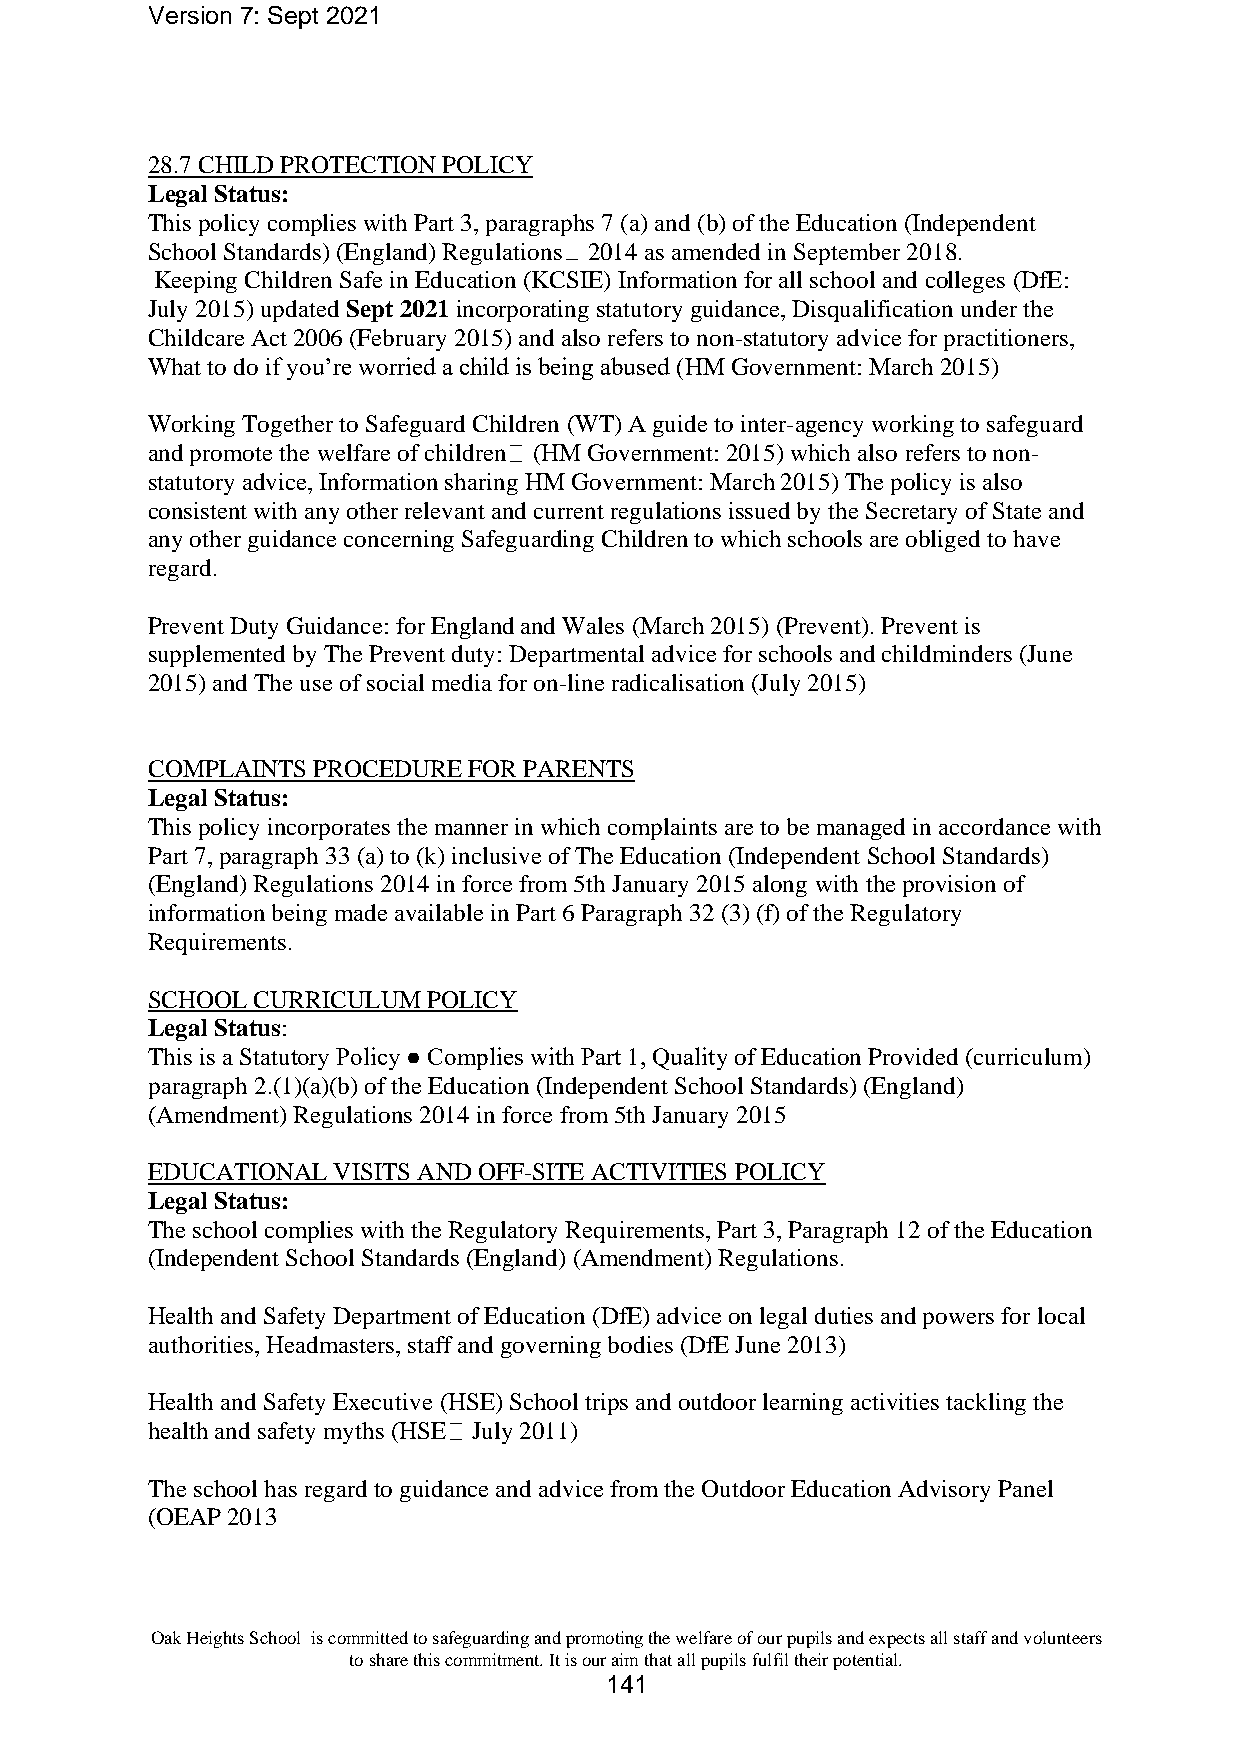
Version 7: Sept 2021
 28.7 CHILD PROTECTION POLICY
 Legal Status:
 This policy complies with Part 3, paragraphs 7 (a) and (b) of the Education (Independent
 School Standards) (England) Regulations 2014 as amended in September 2018.
 Keeping Children Safe in Education (KCSIE) Information for all school and colleges (DfE:
 July 2015) updated Sept 2021 incorporating statutory guidance, Disqualification under the
 Childcare Act 2006 (February 2015) and also refers to non-statutory advice for practitioners,
 What to do if you’re worried a child is being abused (HM Government: March 2015)
 Working Together to Safeguard Children (WT) A guide to inter-agency working to safeguard
 and promote the welfare of children (HM Government: 2015) which also refers to non-
 statutory advice, Information sharing HM Government: March 2015) The policy is also
 consistent with any other relevant and current regulations issued by the Secretary of State and
 any other guidance concerning Safeguarding Children to which schools are obliged to have
 regard.
 Prevent Duty Guidance: for England and Wales (March 2015) (Prevent). Prevent is
 supplemented by The Prevent duty: Departmental advice for schools and childminders (June
 2015) and The use of social media for on-line radicalisation (July 2015)
 COMPLAINTS PROCEDURE FOR PARENTS
 Legal Status:
 This policy incorporates the manner in which complaints are to be managed in accordance with
 Part 7, paragraph 33 (a) to (k) inclusive of The Education (Independent School Standards)
 (England) Regulations 2014 in force from 5th January 2015 along with the provision of
 information being made available in Part 6 Paragraph 32 (3) (f) of the Regulatory
 Requirements.
 SCHOOL CURRICULUM POLICY
 Legal Status:
 This is a Statutory Policy ● Complies with Part 1, Quality of Education Provided (curriculum)
 paragraph 2.(1)(a)(b) of the Education (Independent School Standards) (England)
 (Amendment) Regulations 2014 in force from 5th January 2015
 EDUCATIONAL VISITS AND OFF-SITE ACTIVITIES POLICY
 Legal Status:
 The school complies with the Regulatory Requirements, Part 3, Paragraph 12 of the Education
 (Independent School Standards (England) (Amendment) Regulations.
 Health and Safety Department of Education (DfE) advice on legal duties and powers for local
 authorities, Headmasters, staff and governing bodies (DfE June 2013)
 Health and Safety Executive (HSE) School trips and outdoor learning activities tackling the
 health and safety myths (HSE July 2011)
 The school has regard to guidance and advice from the Outdoor Education Advisory Panel
 (OEAP 2013
 Oak Heights School is committed to safeguarding and promoting the welfare of our pupils and expects all staff and volunteers
 to share this commitment. It is our aim that all pupils fulfil their potential.
 141